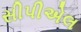
સીપીએલ